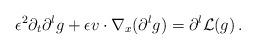
LaTeX: \begin{align*}\epsilon^2 \partial_t \partial^{l}g + \epsilon v\cdot\nabla_x (\partial^{l}g) = \partial^{l}\mathcal L(g)\,.\end{align*}